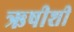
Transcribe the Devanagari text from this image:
ऋषीशी